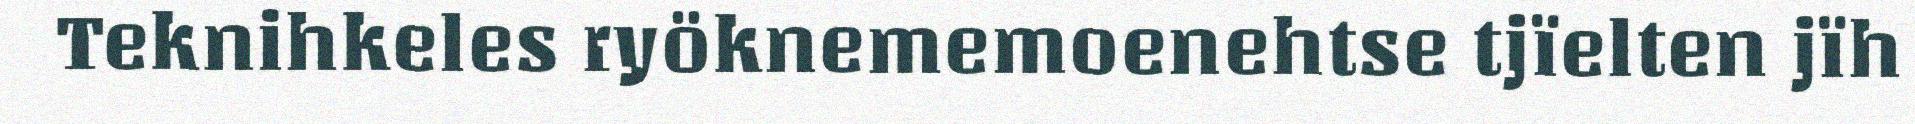
Teknihkeles ryöknememoenehtse tjïelten jïh